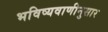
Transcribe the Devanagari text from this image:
भविष्यवाणीनुसार